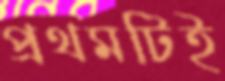
প্রথমটিই